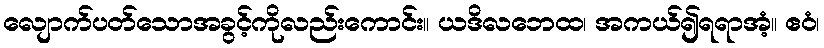
လျောက်ပတ်သောအခွင့်ကိုလည်းကောင်း။ ယဒိလဘေထ၊ အကယ်၍ရရာအံ့။ ဧဝံ၊